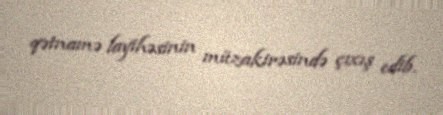
qətnamə layihəsinin müzakirəsində çıxış edib.